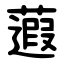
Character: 蕸